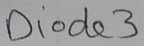
Text: Diode3